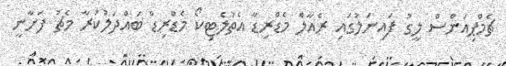
ޗެމްޕިއަންސް ލީގު ފައިނަލުގައި ރެއާލް މެޑްރިޑާ އެތުލެޓިކޯ މެޑްރިޑް ބައްދަލުކުރާ މެޗު ފަށާނީ